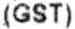
(GST)